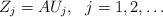
LaTeX: \begin{align*}Z_j=AU_j, ~~j=1,2,\dots\end{align*}